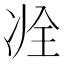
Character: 𠗎